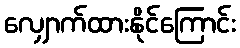
လျှောက်ထားနိုင်ကြောင်း